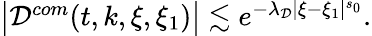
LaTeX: \begin{array}{r}{\big|\mathcal{D}^{com}(t,k,\xi,\xi_{1})\big|\lesssim e^{-\lambda_{\mathcal{D}}|\xi-\xi_{1}|^{s_{0}}}.}\end{array}